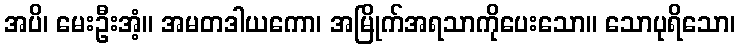
အပိ၊ မေးဦးအံ့။ အမတဒါယကော၊ အမြိုက်အရသာကိုပေးသော။ သောပုရိသော၊